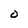
Character: O